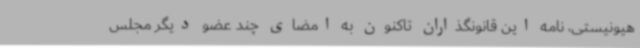
هیونیستی، نامه این قانونگذاران تاکنون به امضای چند عضو دیگر مجلس